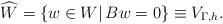
LaTeX: \begin{align*} \widehat{W} = \{ w\in W|\, Bw =0 \} \equiv V_{\Gamma,h}. \end{align*}